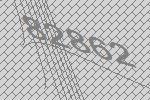
82862